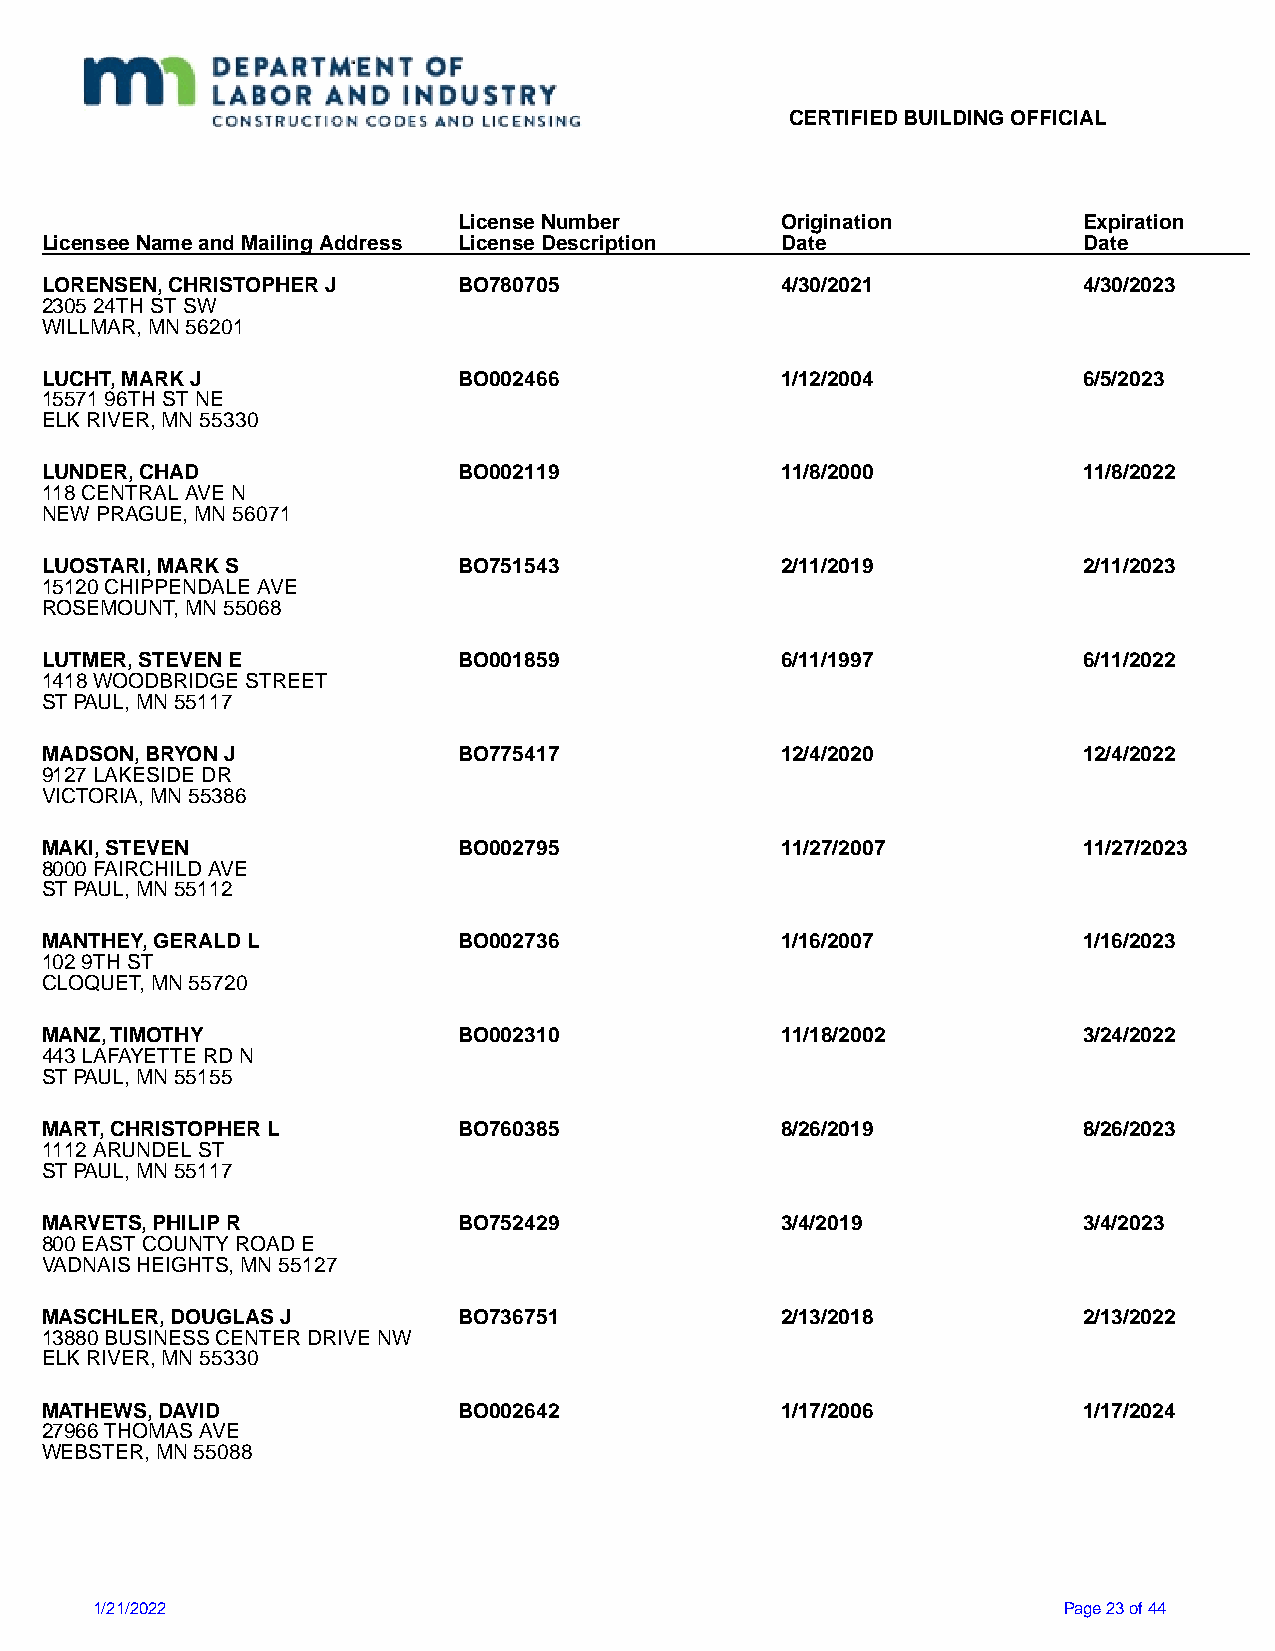
CERTIFIED BUILDING OFFICIAL
 License Number        Origination         Expiration
 Licensee Name and Mailing Address License Description Date           Date
 LORENSEN, CHRISTOPHER J    BO780705              4/30/2021           4/30/2023
 2305 24TH ST SW
 WILLMAR, MN 56201
 LUCHT, MARK J              BO002466              1/12/2004           6/5/2023
 15571 96TH ST NE
 ELK RIVER, MN 55330
 LUNDER, CHAD               BO002119              11/8/2000           11/8/2022
 118 CENTRAL AVE N
 NEW PRAGUE, MN 56071
 LUOSTARI, MARK S           BO751543              2/11/2019           2/11/2023
 15120 CHIPPENDALE AVE
 ROSEMOUNT, MN 55068
 LUTMER, STEVEN E           BO001859              6/11/1997           6/11/2022
 1418 WOODBRIDGE STREET
 ST PAUL, MN 55117
 MADSON, BRYON J            BO775417              12/4/2020           12/4/2022
 9127 LAKESIDE DR
 VICTORIA, MN 55386
 MAKI, STEVEN               BO002795              11/27/2007          11/27/2023
 8000 FAIRCHILD AVE
 ST PAUL, MN 55112
 MANTHEY, GERALD L          BO002736              1/16/2007           1/16/2023
 102 9TH ST
 CLOQUET, MN 55720
 MANZ, TIMOTHY              BO002310              11/18/2002          3/24/2022
 443 LAFAYETTE RD N
 ST PAUL, MN 55155
 MART, CHRISTOPHER L        BO760385              8/26/2019           8/26/2023
 1112 ARUNDEL ST
 ST PAUL, MN 55117
 MARVETS, PHILIP R          BO752429              3/4/2019            3/4/2023
 800 EAST COUNTY ROAD E
 VADNAIS HEIGHTS, MN 55127
 MASCHLER, DOUGLAS J        BO736751              2/13/2018           2/13/2022
 13880 BUSINESS CENTER DRIVE NW
 ELK RIVER, MN 55330
 MATHEWS, DAVID             BO002642              1/17/2006           1/17/2024
 27966 THOMAS AVE
 WEBSTER, MN 55088
 1/21/2022                                                       Page 23 of 44